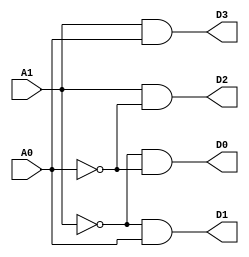
module HB_24DECODER2(
	input A1, A0,
	output D3, D2, D1, D0
);




assign D0 = ~A1 & ~A0;
assign D1 = ~A1 & A0;
assign D2 = A1 & ~A0;
assign D3 = A1 & A0;

endmodule